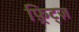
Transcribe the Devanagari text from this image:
फ़्रिट्ज़